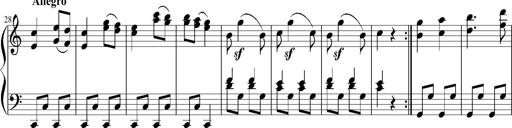
Title: 12 Sonatinas for Piano
Composer: Johann Baptist Vanhal